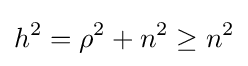
h^{2}=\rho ^{2}+n^{2}\geq n^{2}